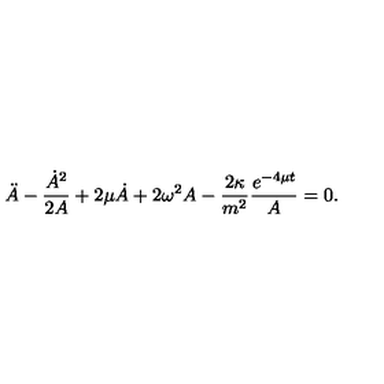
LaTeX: \ddot { A } - \frac { \dot { A } ^ { 2 } } { 2 A } + 2 \mu \dot { A } + 2 \omega ^ { 2 } A - \frac { 2 \kappa } { m ^ { 2 } } \frac { e ^ { - 4 \mu t } } { A } = 0 .